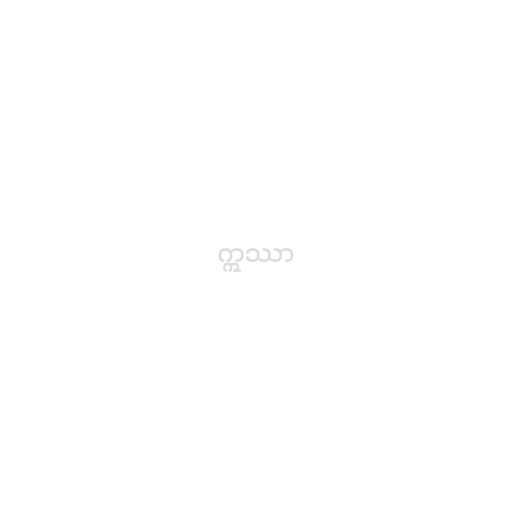
ဣဿာ